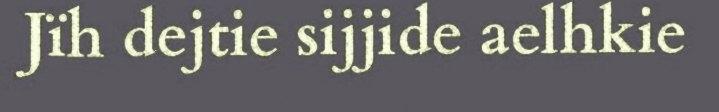
Jïh dejtie sijjide aelhkie